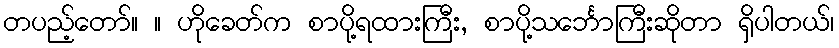
တပည့်တော်။ ။ ဟိုခေတ်က စာပို့ရထားကြီး, စာပို့သင်္ဘောကြီးဆိုတာ ရှိပါတယ်၊